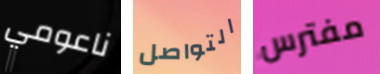
ناعومي التواصل مفترس